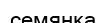
семянка